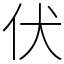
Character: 伏